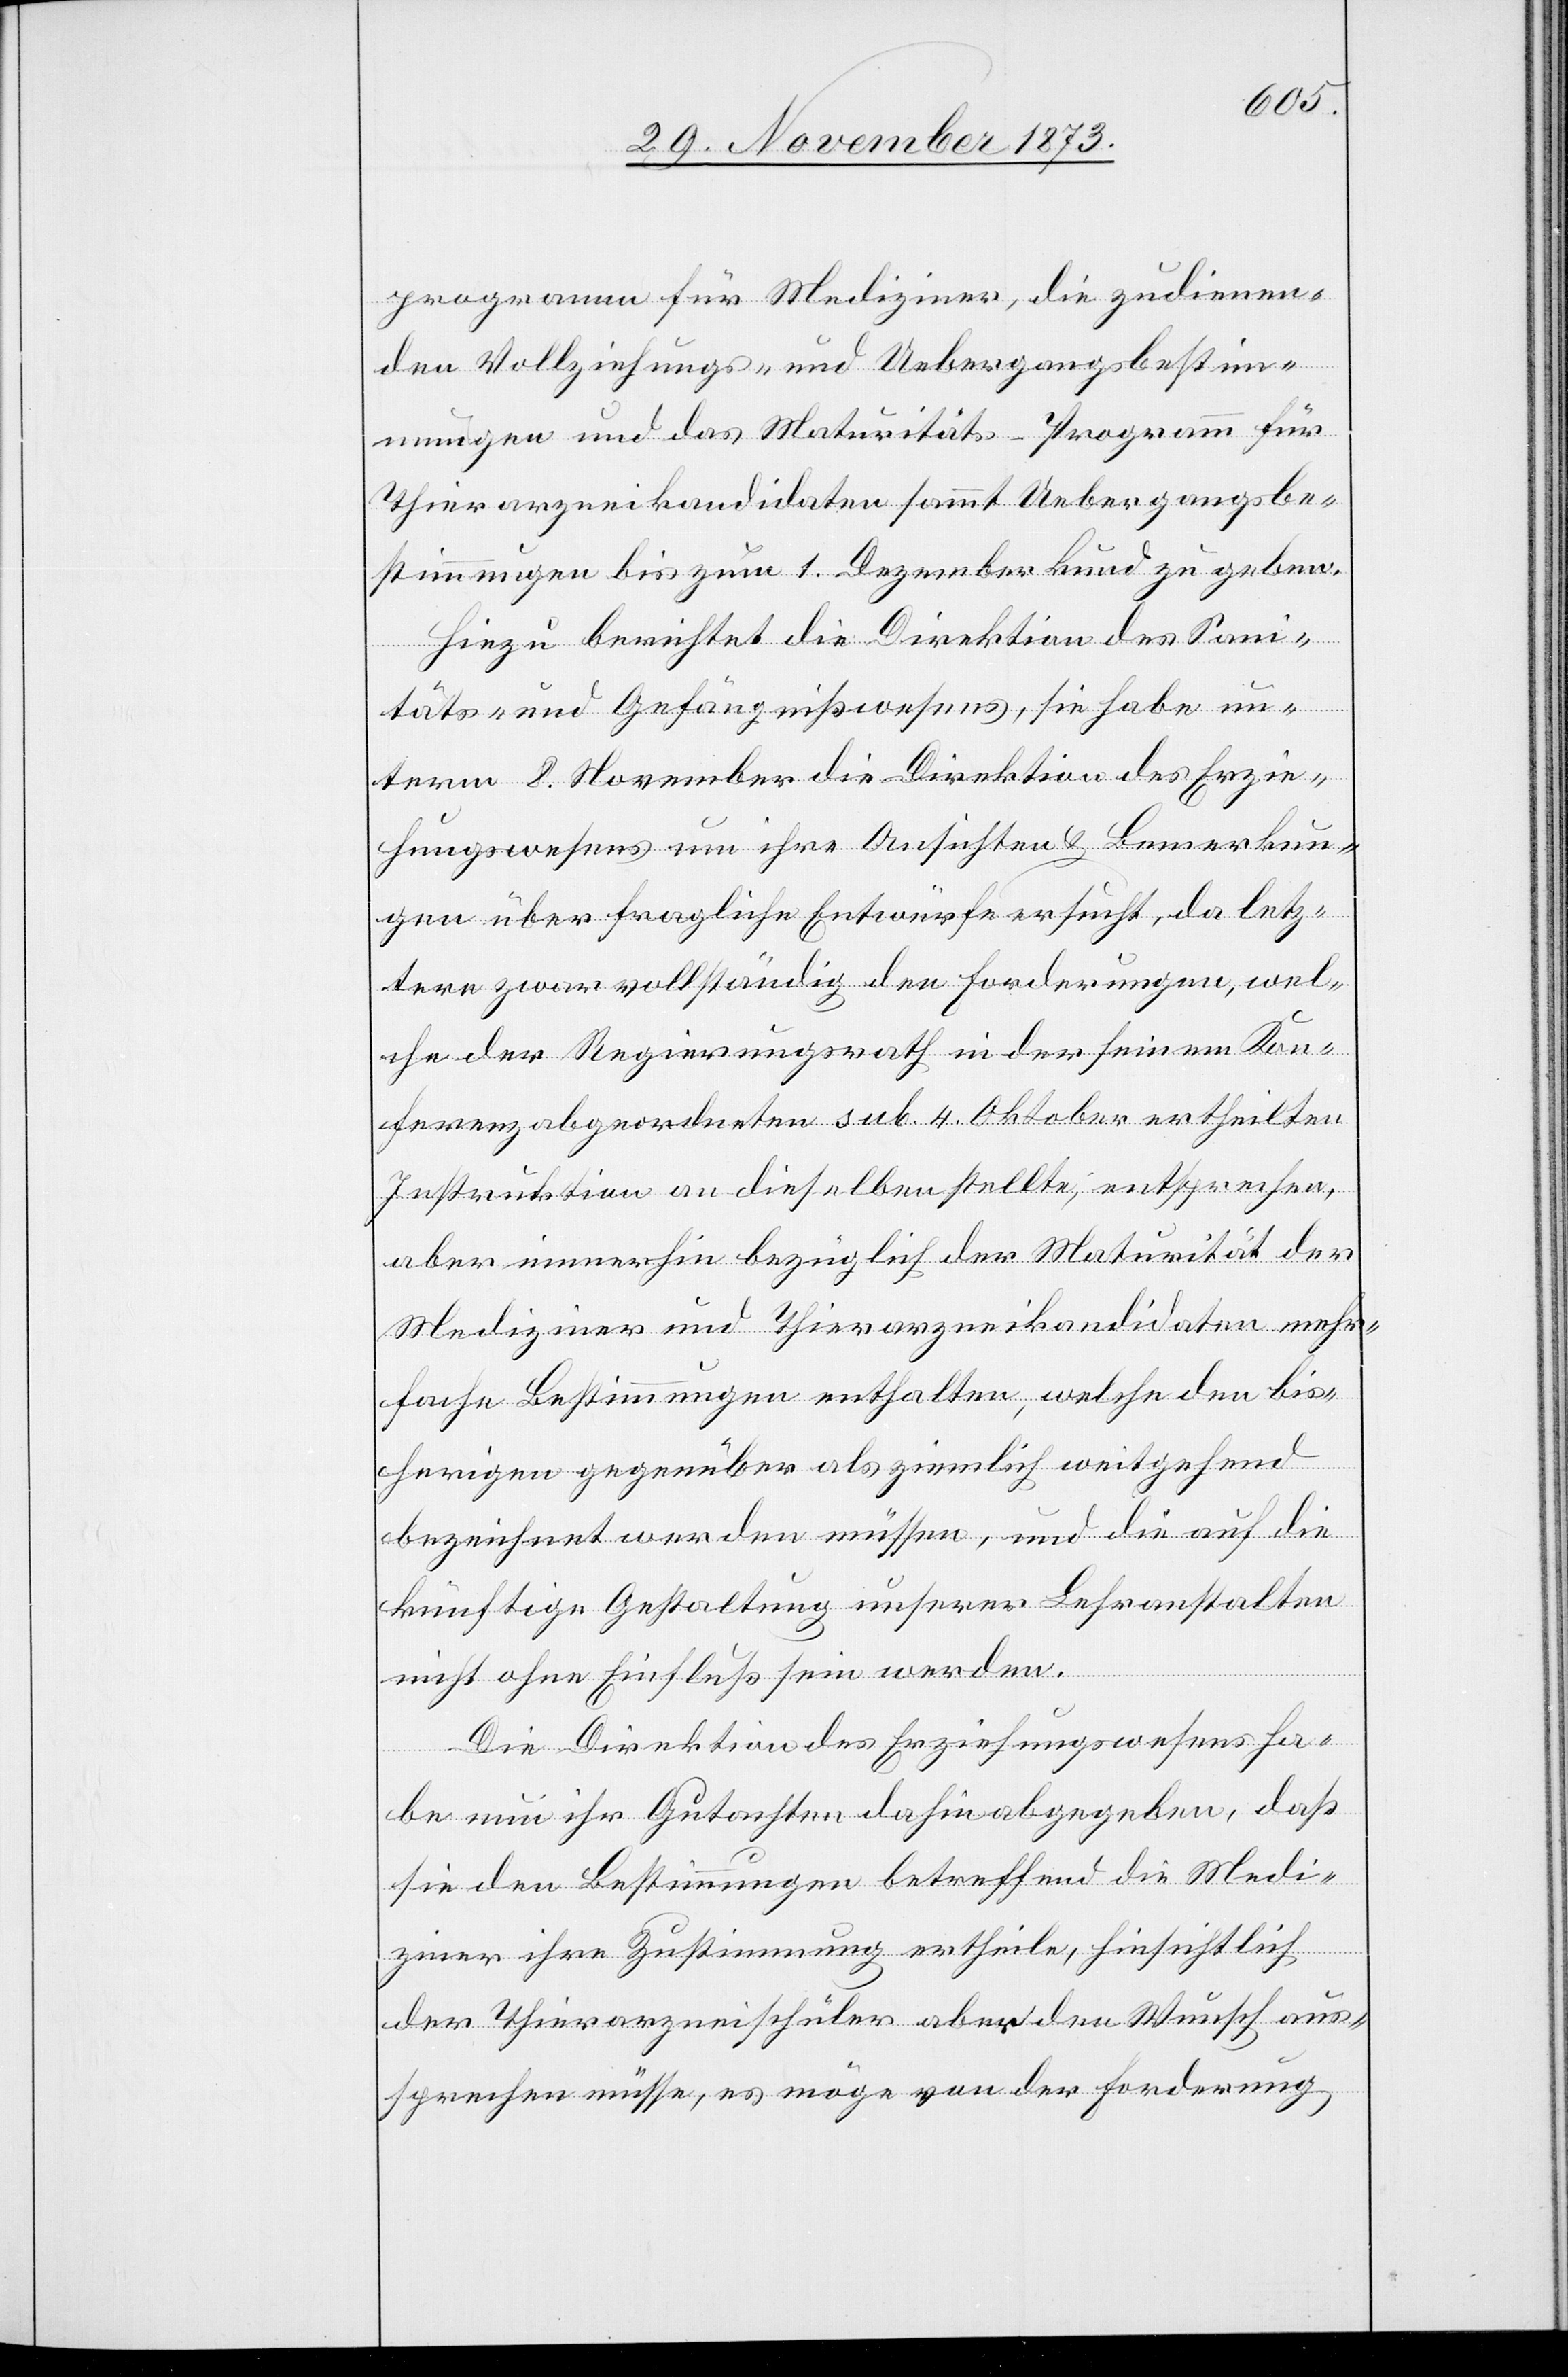
programm für Mediziner, die zudienen¬
den Vollziehungs- und Uebergangsbestim¬
mungen und das Maturitäts-Programm für
Thierarzneikandidaten sammt Uebergangsbe¬
stimmungen bis zum 1. Dezember kund zu geben.
Hiezu berichtet die Direktion des Sani¬
täts- und Gefängnißwesens, sie habe un¬
term 8. November die Direktion des Erzie¬
hungswesens um ihre Ansichten & Bemerkun¬
gen über fragliche Entwürfe ersucht, da letz¬
tere zwar vollständig den Forderungen, wel¬
che der Regierungsrath in der seinem Kon¬
ferenzabgeordneten sub. 4. Oktober ertheilten
Instruktion an dieselben stellte, entsprechen,
aber immerhin bezüglich der Maturität der
Mediziner und Thierarzneikandidaten mehr¬
fache Bestimmungen enthalten, welche den bis¬
herigen gegenüber als ziemlich weitgehend
bezeichnet werden müssen, und die auf die
künftige Gestaltung unserer Lehranstalten
nicht ohne Einfluß sein werden.
Die Direktion des Erziehungswesens ha¬
be nun ihr Gutachten dahin abgegeben, daß
sie den Bestimmungen betreffend die Medi¬
ziner ihre Zustimmung ertheile, hinsichtlich
der Thierarzneischüler aber den Wunsch aus¬
sprechen müsse, es möge von der Forderung